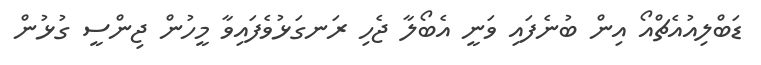
ޑަބްލިއުއެޗްއޯ އިން ބުނެފައި ވަނީ އެބޯލާ ޖެހި ރަނގަޅުވެފައިވާ މީހުން ޖިންސީ ގުޅުން